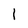
Character: 1